Lunatic asylums Bombay report 1878-1890 - 1878-1890
Year: 1878
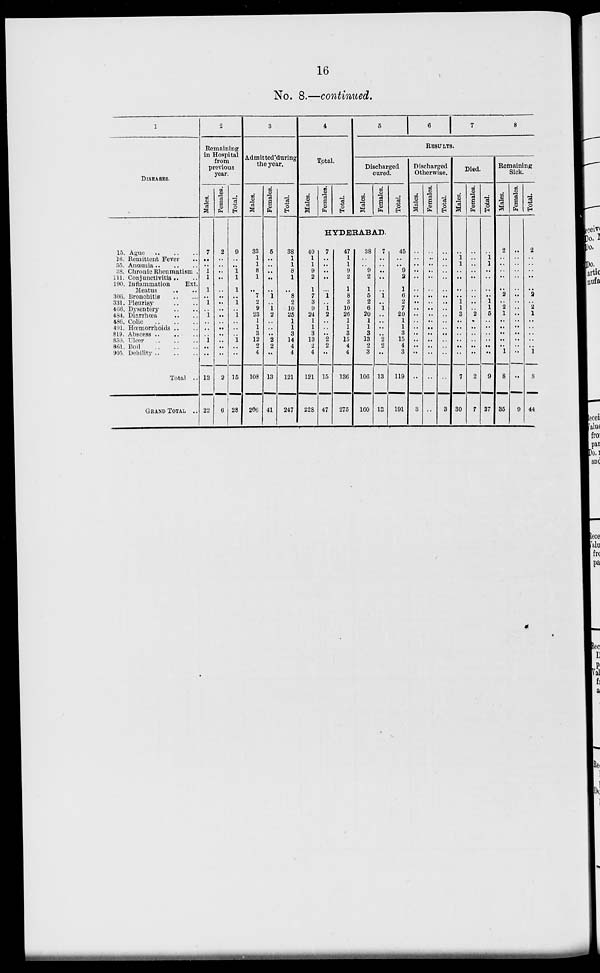
16
No. 8.—continued.
1
DISEASES.
15. Ague .. .. ..
16. Remittent Fever ..
55. Anœmia
..
..
..
38. Chronic Rheumatism ..
111. Conjunctivitis .. ..
190. Inflammation
Ext.
Meatus .. ..
306. Bronchitis
..
..
331. Pleurisy .. ..
466. Dysentery .. ..
484. Diarrhœa .. ..
486. Colic
..
..
..
491. Hœmorrhoids .. ..
819. Abscess .. .. ..
859. Ulcer
..
..
..
861. Boil
..
..
..
905. Debility .. .. ..
Total ..
GRAND TOTAL ..
2
Remaining
in Hospital
from
previous
year.
Males.
7
..
..
1
1
1
..
1
..
1
..
..
..
1
..
..
13
22
Females.
2
..
..
..
..
..
..
..
..
..
..
..
..
..
..
..
2
6
Total.
9
..
..
1
1
1
..
1
..
1
..
..
..
1
..
..
15
28
3
Admitted during
the year.
Males.
33
1
1
8
1
..
7
2
9
23
1
1
3
12
2
4
108
206
Females.
5
..
..
..
..
..
1
..
1
2
..
..
..
2
2
..
13
41
Total.
38
1
1
8
1
..
8
2
10
25
1
1
3
14
4
4
121
247
4
Total.
Males.
Females.
Total.
5
6
7
8
RESULTS.
Discharged
cured.
Males.
Females.
Total.
HYDERABAD.
40
1
1
9
2
1
7
3
9
24
1
1
3
13
2
4
121
228
7
..
..
..
..
..
1
..
1
2
..
..
..
2
2
..
15
47
47
1
1
9
2
1
8
3
10
26
1
1
3
15
4
4
136
275
38
..
..
9
2
1
5
2
6
20
1
1
3
13
2
3
106
160
7
..
..
..
..
..
1
..
1
..
..
..
..
2
2
..
13
13
45
..
..
9
2
1
6
2
7
20
1
1
3
15
4
3
119
191
Discharged
Otherwise.
Males.
..
..
..
..
..
..
..
..
..
..
..
..
..
..
..
..
..
3
Females.
..
..
..
..
..
..
..
..
..
..
..
..
..
..
..
..
..
..
Total.
..
..
..
..
..
..
..
..
..
..
..
..
..
..
..
..
..
3
Died.
Males.
..
1
1
..
..
..
..
1
1
3
..
..
..
..
..
..
7
30
Females.
..
..
..
..
..
..
..
..
..
2
..
..
..
..
..
..
2
7
Total.
..
1
1
..
..
..
..
1
1
5
..
..
..
..
..
..
9
37
Remaining
Sick.
Males.
2
..
..
..
..
..
2
..
2
1
..
..
..
..
..
1
8
35
Females.
..
..
..
..
..
..
..
..
..
..
..
..
..
..
..
..
..
9
Total.
2
..
..
..
..
..
2
..
2
1
..
..
..
..
..
1
8
44